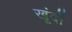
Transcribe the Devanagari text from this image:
खूंदों